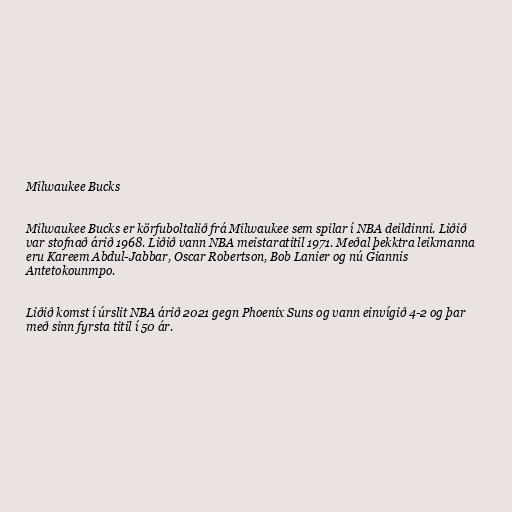
Milwaukee Bucks

Milwaukee Bucks er körfuboltalið frá Milwaukee sem spilar í NBA deildinni. Liðið
var stofnað árið 1968. Liðið vann NBA meistaratitil 1971. Meðal þekktra leikmanna
eru Kareem Abdul-Jabbar, Oscar Robertson, Bob Lanier og nú Giannis
Antetokounmpo.

Liðið komst í úrslit NBA árið 2021 gegn Phoenix Suns og vann einvígið 4-2 og þar
með sinn fyrsta titil í 50 ár.